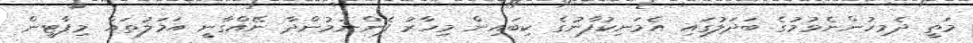
މަތީ ދެމިހުންނެވުމުގެ ބަދަލުގައި އެމަނިކުފާނުގެ ކިބައިން މިހާރު ފެންނަމުންދާ ނޭއްގާނީ އަމަލުތައް މިޕާޓީން